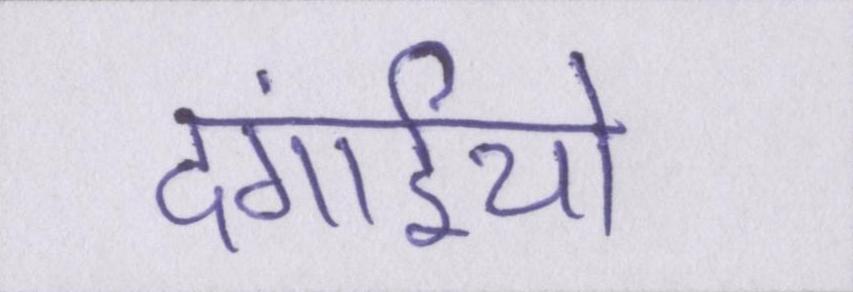
दंगाईयो